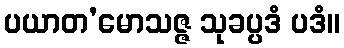
ပယာတ’မောသဇ္ဇ သုခပ္ပဒံ ပဒံ။